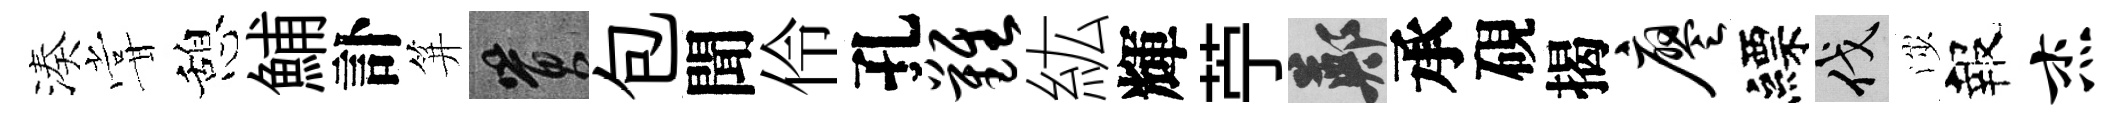
湊甞憩鯆訃笄篔包聞伶孔难紘輝苧鄭承硯揭廖縹伐渉報杰